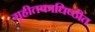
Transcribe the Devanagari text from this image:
गृहीतकाधिष्ठीत